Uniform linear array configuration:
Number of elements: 32
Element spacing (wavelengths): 1
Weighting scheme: hamming
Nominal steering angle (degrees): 30
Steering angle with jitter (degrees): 28.477
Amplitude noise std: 0.05
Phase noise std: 0.05

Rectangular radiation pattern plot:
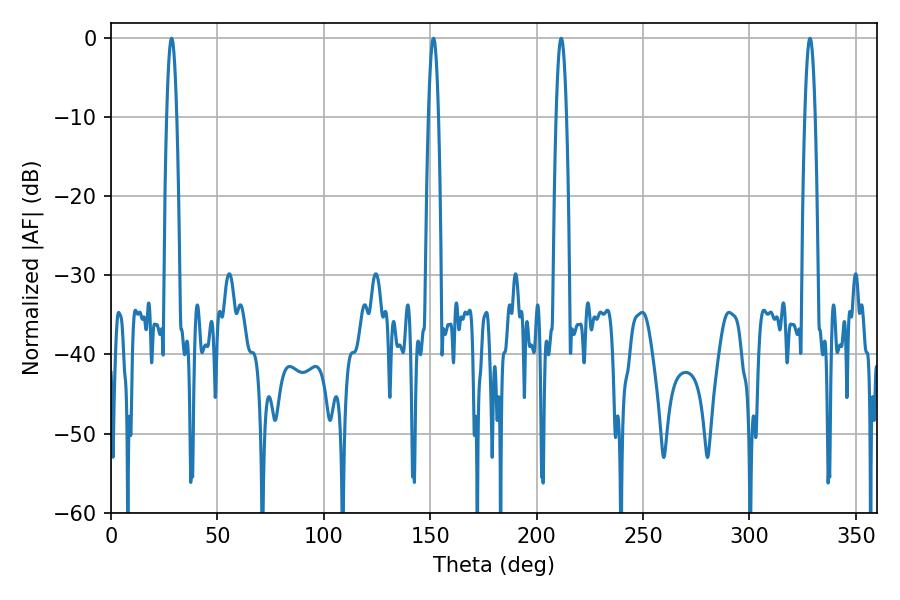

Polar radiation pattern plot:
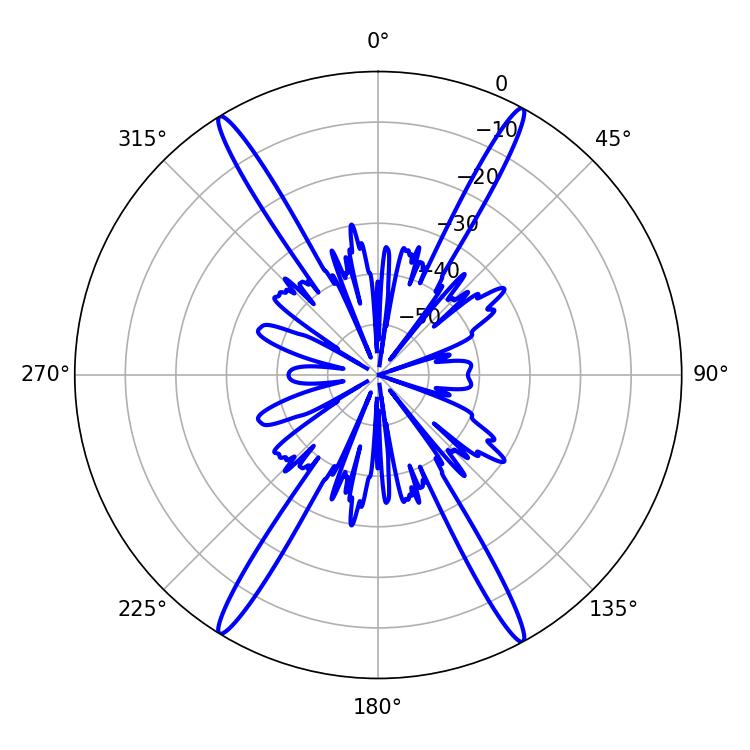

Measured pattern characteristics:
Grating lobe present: TRUE
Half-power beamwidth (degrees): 2.52
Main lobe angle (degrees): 28.44